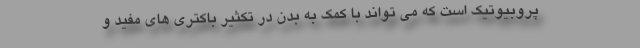
پروبیوتیک است که می تواند با کمک به بدن در تکثیر باکتری های مفید و